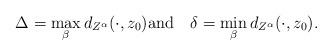
LaTeX: \begin{align*}\Delta=\max_\beta d_{Z^{\alpha}}(\cdot,z_0)\textrm{and}\quad\delta=\min_\beta d_{Z^{\alpha}}(\cdot,z_0).\end{align*}